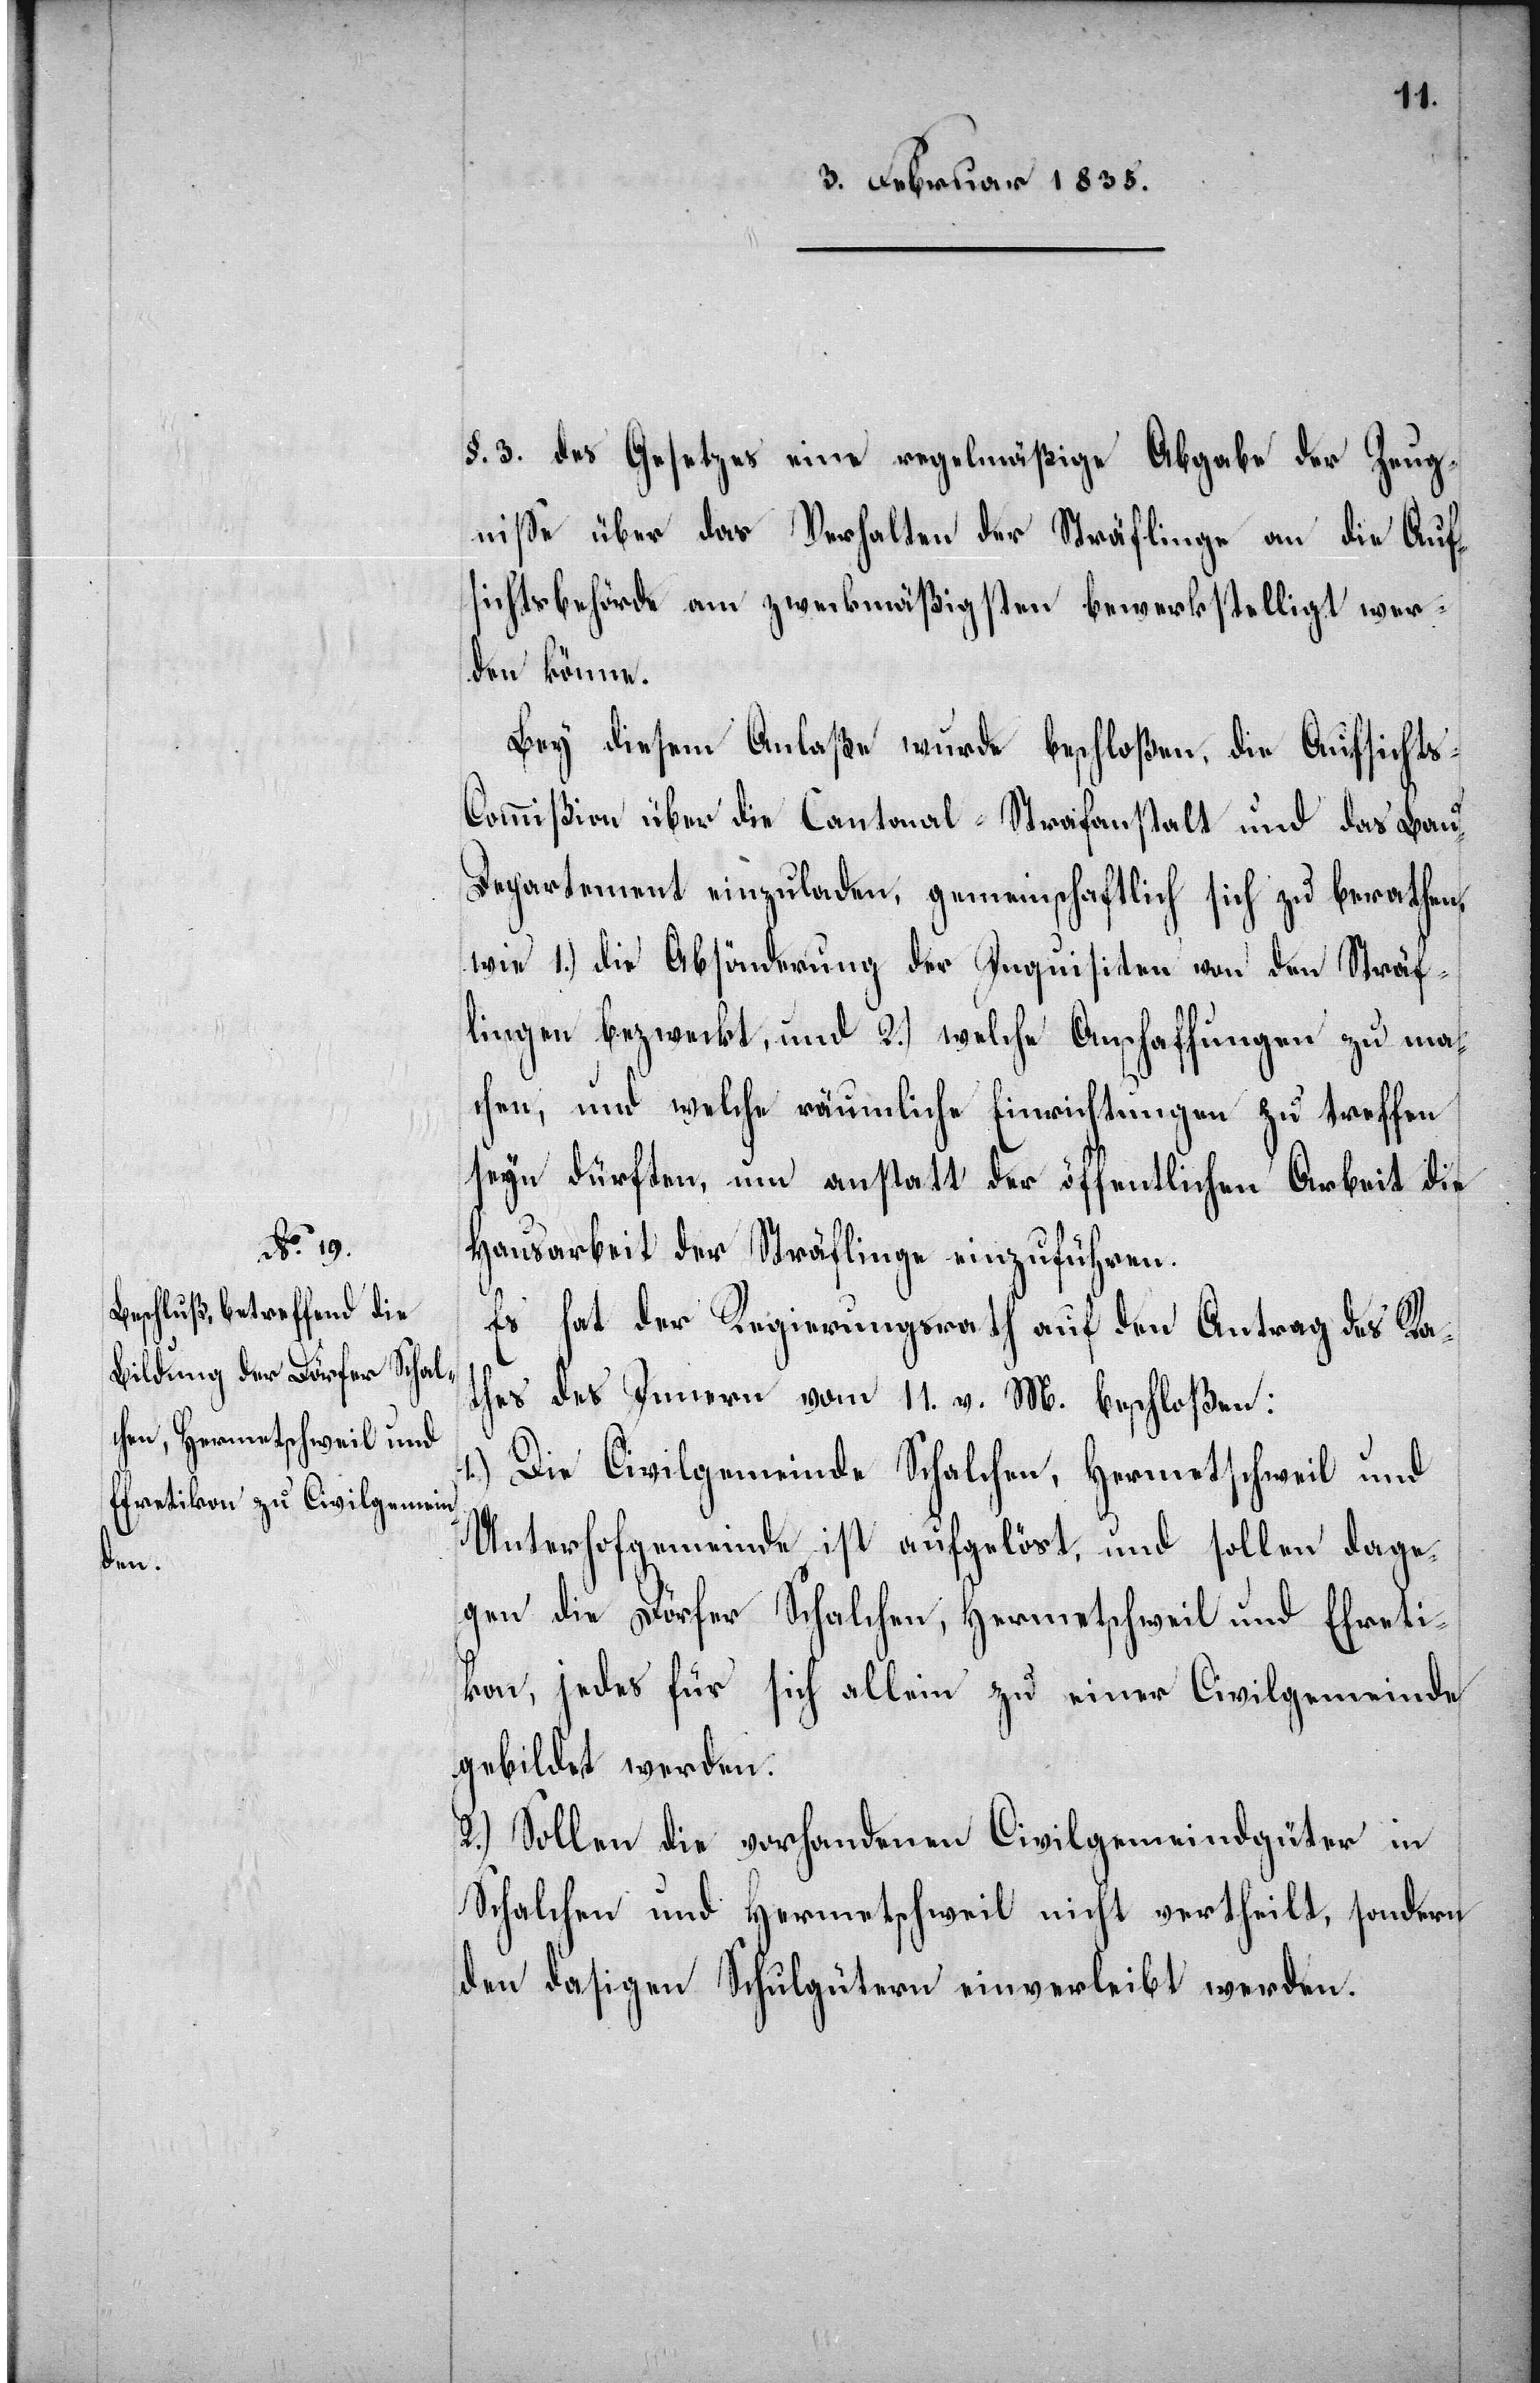
§. 3. des Gesetzes eine regelmäßige Abgabe der Zeug¬
niße über das Verhalten der Sträflinge an die Auf¬
sichtsbehörde am zweckmäßigsten bewerkstelligt wer¬
den könne.
Bey diesem Anlaße wurde beschloßen, die Aufsicht¬
s-Commißion über die Cantonal-Strafanstalt und das Ba¬
u-Departement einzuladen, gemeinschaftlich sich zu berathen,
wie 1.) die Absönderung der Inquisiten von den Sträf¬
lingen bezweckt, und 2.) welche Anschaffungen zu mac¬
hen, und welche räumliche Einrichtungen zu treffen
seyn dürften, um anstatt der öffentlichen Arbeit die
Hausarbeit der Sträflinge einzuführen.
Es hat der Regierungsrath auf den Antrag des Ra¬
thes des Innern vom 11. v. M. beschloßen:
1.) Die Civilgemeinde Schalchen, Hermetschweil und
Unterhofgemeinde ist aufgelöst, und sollen dage¬
gen die Dörfer Schalchen, Hermetschweil und Efreti¬
kon, jedes für sich allein zu einer Civilgemeinde
gebildet werden.
2.) Sollen die vorhandenen Civilgemeindgüter in
Schalchen und Hermetschweil nicht vertheilt, sondern
den dasigen Schulgütern einverleibt werden.